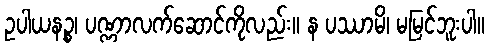
ဥပါယနဉ္စ၊ ပဏ္ဏာလက်ဆောင်ကိုလည်း။ န ပဿာမိ၊ မမြင်ဘူးပါ။